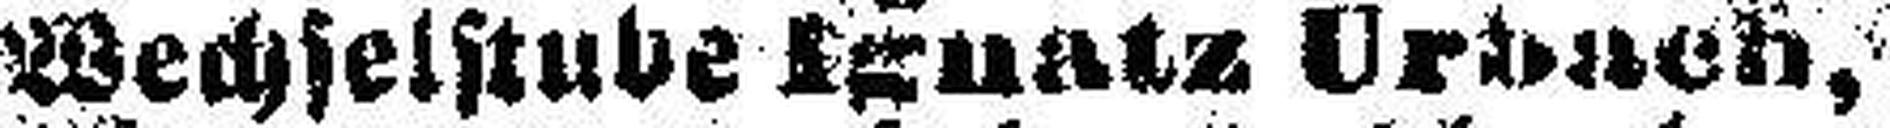
Wechselstube Ignatz Urbach,